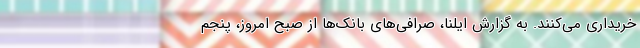
خریداری می‌کنند. به گزارش ایلنا، صرافی‌های بانک‌ها از صبح امروز، پنجم